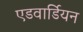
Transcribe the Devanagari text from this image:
एडवार्डियन